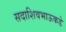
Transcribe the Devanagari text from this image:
सदाशिवभाऊकडे